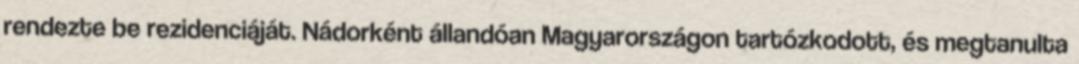
rendezte be rezidenciáját. Nádorként állandóan Magyarországon tartózkodott, és megtanulta